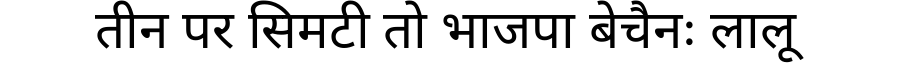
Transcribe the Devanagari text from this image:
तीन पर सिमटी तो भाजपा बेचैनः लालू